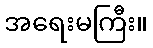
အရေးမကြီး။